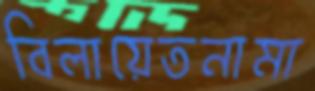
বিলায়েতনামা